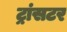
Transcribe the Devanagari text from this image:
ट्रांसटर